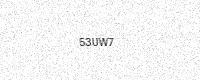
Text: 53UW7